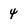
Character: 4